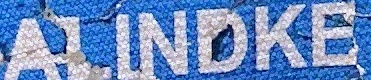
ALINKE